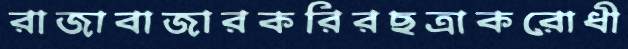
রাজাবাজারকরিরছত্রাকরোধী